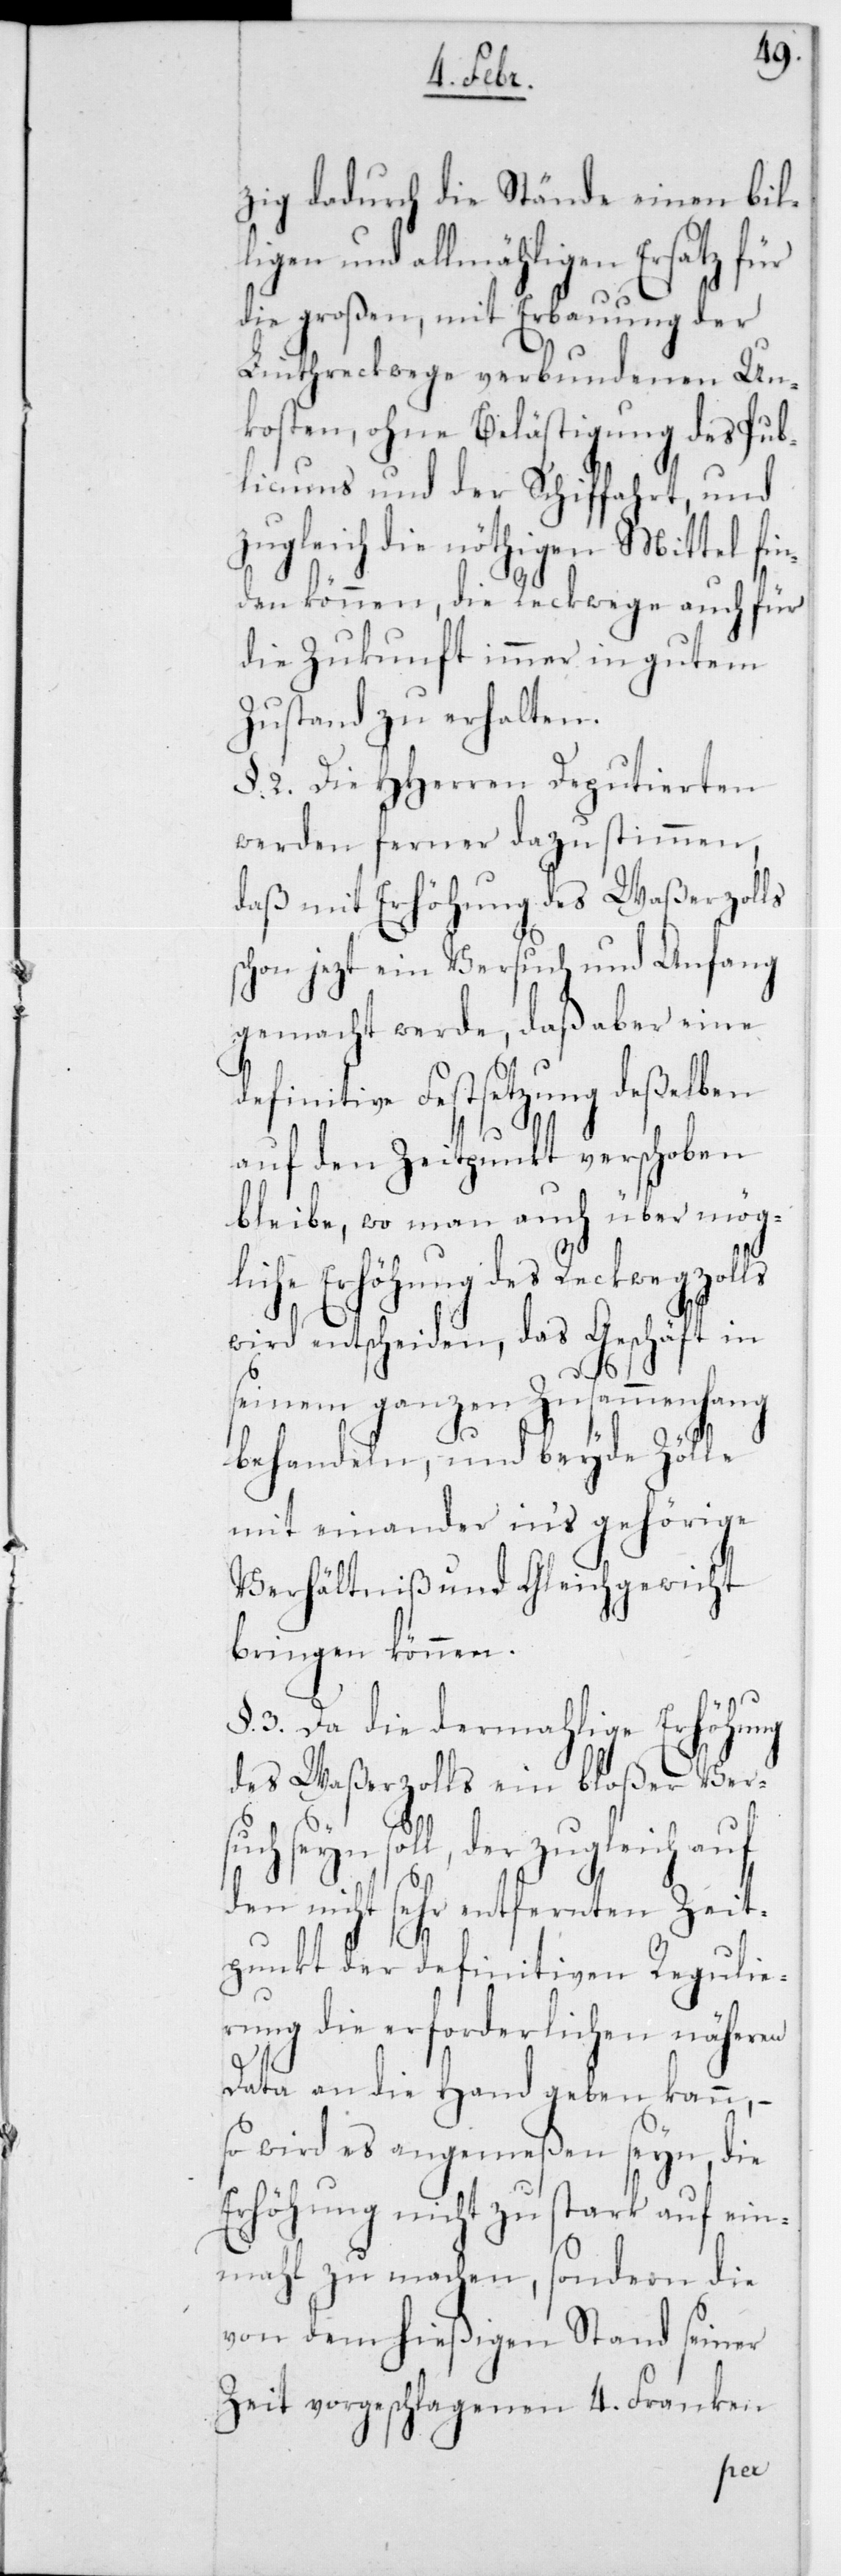
zig dadurch die Stände einen bill¬
igen und allmähligen Ersatz für
die großen, mit Erbauung der
Linthreckwege verbundenen Un¬
kosten, ohne Belästigung des Pub¬
licums und der Schiffahrt, und
zugleich die nöthigen Mittel fin¬
den können, die Reckwege auch für
die Zukunft immer in gutem
Zustand zu erhalten.
§. 2. Die HHerren Deputierten
werden ferner dazu stimmen,
daß mit Erhöhung des Waßerzolls
schon jetzt ein Versuch und Anfang
gemacht werde, daß aber eine
definitive Festsetzung deßelben
auf den Zeitpunkt verschoben
bleibe, wo man auch über mög¬
liche Erhöhung des Reckwegzolls
wird entscheiden, das Geschäft in
seinem ganzen Zusammenhang
behandeln, und beyde Zölle
mit einander ins gehörige
Verhältniß und Gleichgewicht
bringen können.
3. Da die dermahlige Erhöhung
des Waßerzolls ein bloßer Ver¬
such seyn soll, der zugleich auf
den nicht sehr entfernten Zeit¬
punkt der definitiven Regulie¬
rung die erforderlichen näheren
Data an die Hand geben kann, –
so wird es angemeßen seyn, die
Erhöhung nicht zu stark auf ein¬
mal zu machen, sondern die
von dem hießigen Stand seiner
Zeit vorgeschlagenen 4 Franken